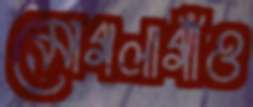
মোগলাগাঁও